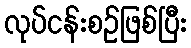
လုပ်ငန်းစဉ်ဖြစ်ပြီး